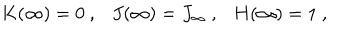
K ( \infty ) = 0 \ , \ \ \ J ( \infty ) = J _ { \infty } \ , \ \ \ H ( \infty ) = 1 \ ,